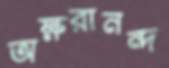
অক্ষরানন্দ